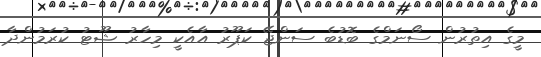
މީގެ އިތުރުން ސޯނަމްގެ ބޮޑުބެ ސަންޖޭ ކަޕޫރު އާއެކީ މިހާރު ޝޫޓު ކުރަމުންދާ